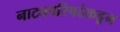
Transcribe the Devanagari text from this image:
नाट्यपरिषदेकडून